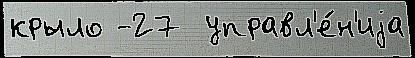
крыло -27  управл'е́н'иjа